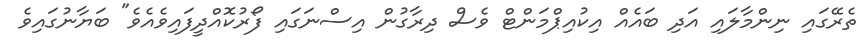
ތެރޭގައި ނިންމާލައި އަދި ބައެއް އިކުއިޕްމަންޓް ވެސް ދިރާގުން އިސްނަަގައި ފޯރުކޮއްދީފައިވެއެވެ" ބަޔާނުގައިވެ